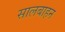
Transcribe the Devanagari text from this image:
सालबाहन